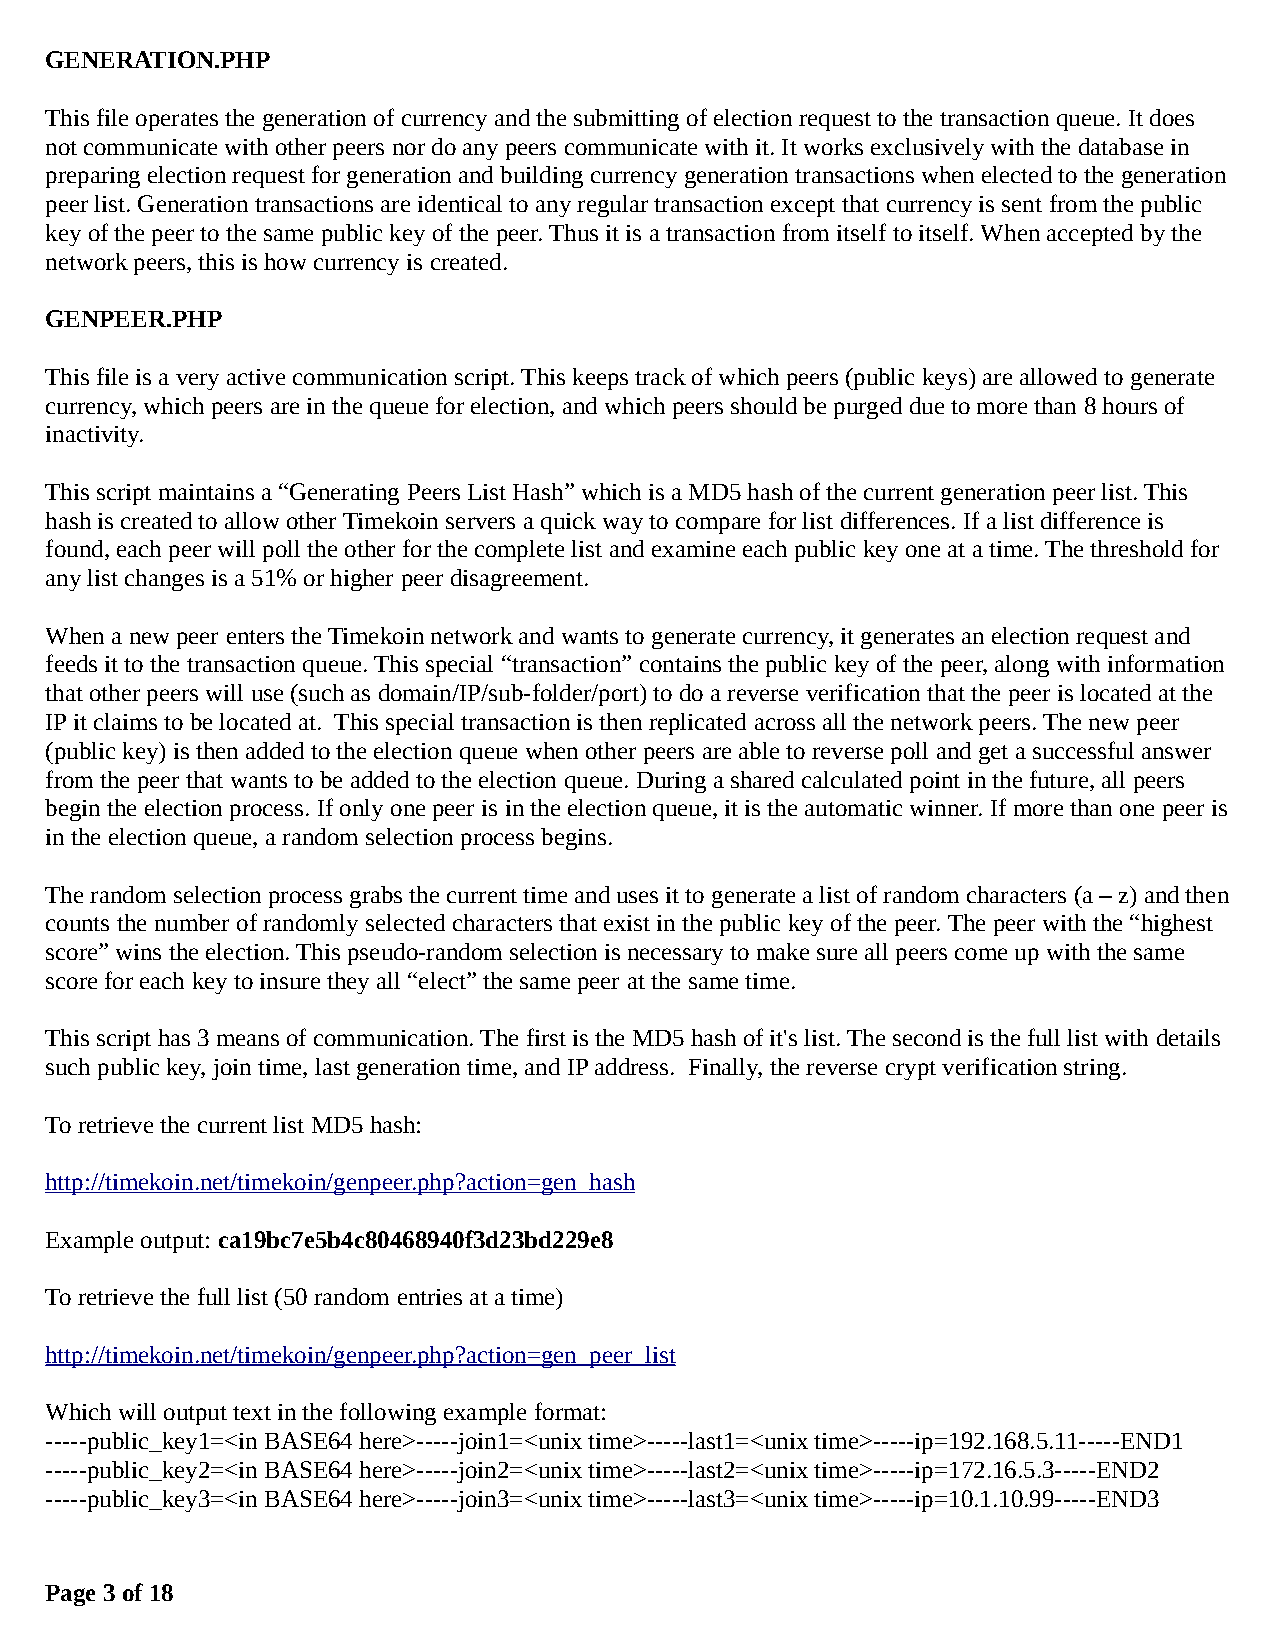
GENERATION.PHP
 This file operates the generation of currency and the submitting of election request to the transaction queue. It does
 not communicate with other peers nor do any peers communicate with it. It works exclusively with the database in
 preparing election request for generation and building currency generation transactions when elected to the generation
 peer list. Generation transactions are identical to any regular transaction except that currency is sent from the public
 key of the peer to the same public key of the peer. Thus it is a transaction from itself to itself. When accepted by the
 network peers, this is how currency is created.
 GENPEER.PHP
 This file is a very active communication script. This keeps track of which peers (public keys) are allowed to generate
 currency, which peers are in the queue for election, and which peers should be purged due to more than 8 hours of
 inactivity.
 This script maintains a “Generating Peers List Hash” which is a MD5 hash of the current generation peer list. This
 hash is created to allow other Timekoin servers a quick way to compare for list differences. If a list difference is
 found, each peer will poll the other for the complete list and examine each public key one at a time. The threshold for
 any list changes is a 51% or higher peer disagreement.
 When a new peer enters the Timekoin network and wants to generate currency, it generates an election request and
 feeds it to the transaction queue. This special “transaction” contains the public key of the peer, along with information
 that other peers will use (such as domain/IP/sub-folder/port) to do a reverse verification that the peer is located at the
 IP it claims to be located at. This special transaction is then replicated across all the network peers. The new peer
 (public key) is then added to the election queue when other peers are able to reverse poll and get a successful answer
 from the peer that wants to be added to the election queue. During a shared calculated point in the future, all peers
 begin the election process. If only one peer is in the election queue, it is the automatic winner. If more than one peer is
 in the election queue, a random selection process begins.
 The random selection process grabs the current time and uses it to generate a list of random characters (a – z) and then
 counts the number of randomly selected characters that exist in the public key of the peer. The peer with the “highest
 score” wins the election. This pseudo-random selection is necessary to make sure all peers come up with the same
 score for each key to insure they all “elect” the same peer at the same time.
 This script has 3 means of communication. The first is the MD5 hash of it's list. The second is the full list with details
 such public key, join time, last generation time, and IP address. Finally, the reverse crypt verification string.
 To retrieve the current list MD5 hash:
 http://timekoin.net/timekoin/genpeer.php?action=gen_hash
 Example output: ca19bc7e5b4c80468940f3d23bd229e8
 To retrieve the full list (50 random entries at a time)
 http://timekoin.net/timekoin/genpeer.php?action=gen_peer_list
 Which will output text in the following example format:
 -----public_key1=<in BASE64 here>-----join1=<unix time>-----last1=<unix time>-----ip=192.168.5.11-----END1
 -----public_key2=<in BASE64 here>-----join2=<unix time>-----last2=<unix time>-----ip=172.16.5.3-----END2
 -----public_key3=<in BASE64 here>-----join3=<unix time>-----last3=<unix time>-----ip=10.1.10.99-----END3
 Page 3 of 18